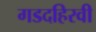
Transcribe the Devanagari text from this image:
गडदहिरवी